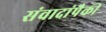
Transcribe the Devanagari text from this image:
संवादांपैकी